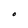
Character: O